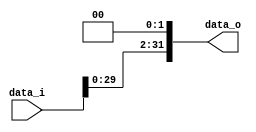
module Shift_left2_32bit(
	data_i,
	data_o
);

input [31:0] data_i;
output [31:0] data_o;

assign data_o = (data_i << 2);

endmodule